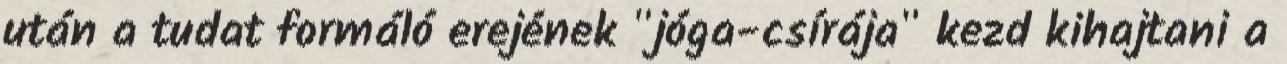
után a tudat formáló erejének "jóga-csírája" kezd kihajtani a